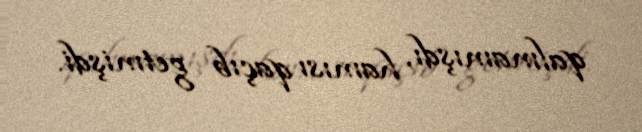
qalmamışdı, hamısı qaçıb getmişdi.